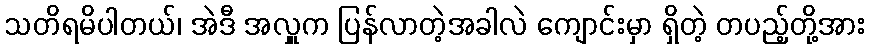
သတိရမိပါတယ်၊ အဲဒီ အလှူက ပြန်လာတဲ့အခါလဲ ကျောင်းမှာ ရှိတဲ့ တပည့်တို့အား